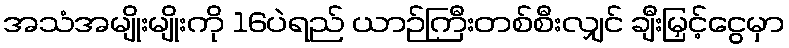
အသံအမျိုးမျိုးကို 16ပဲရည် ယာဉ်ကြီးတစ်စီးလျှင် ချီးမြှင့်ငွေမှာ